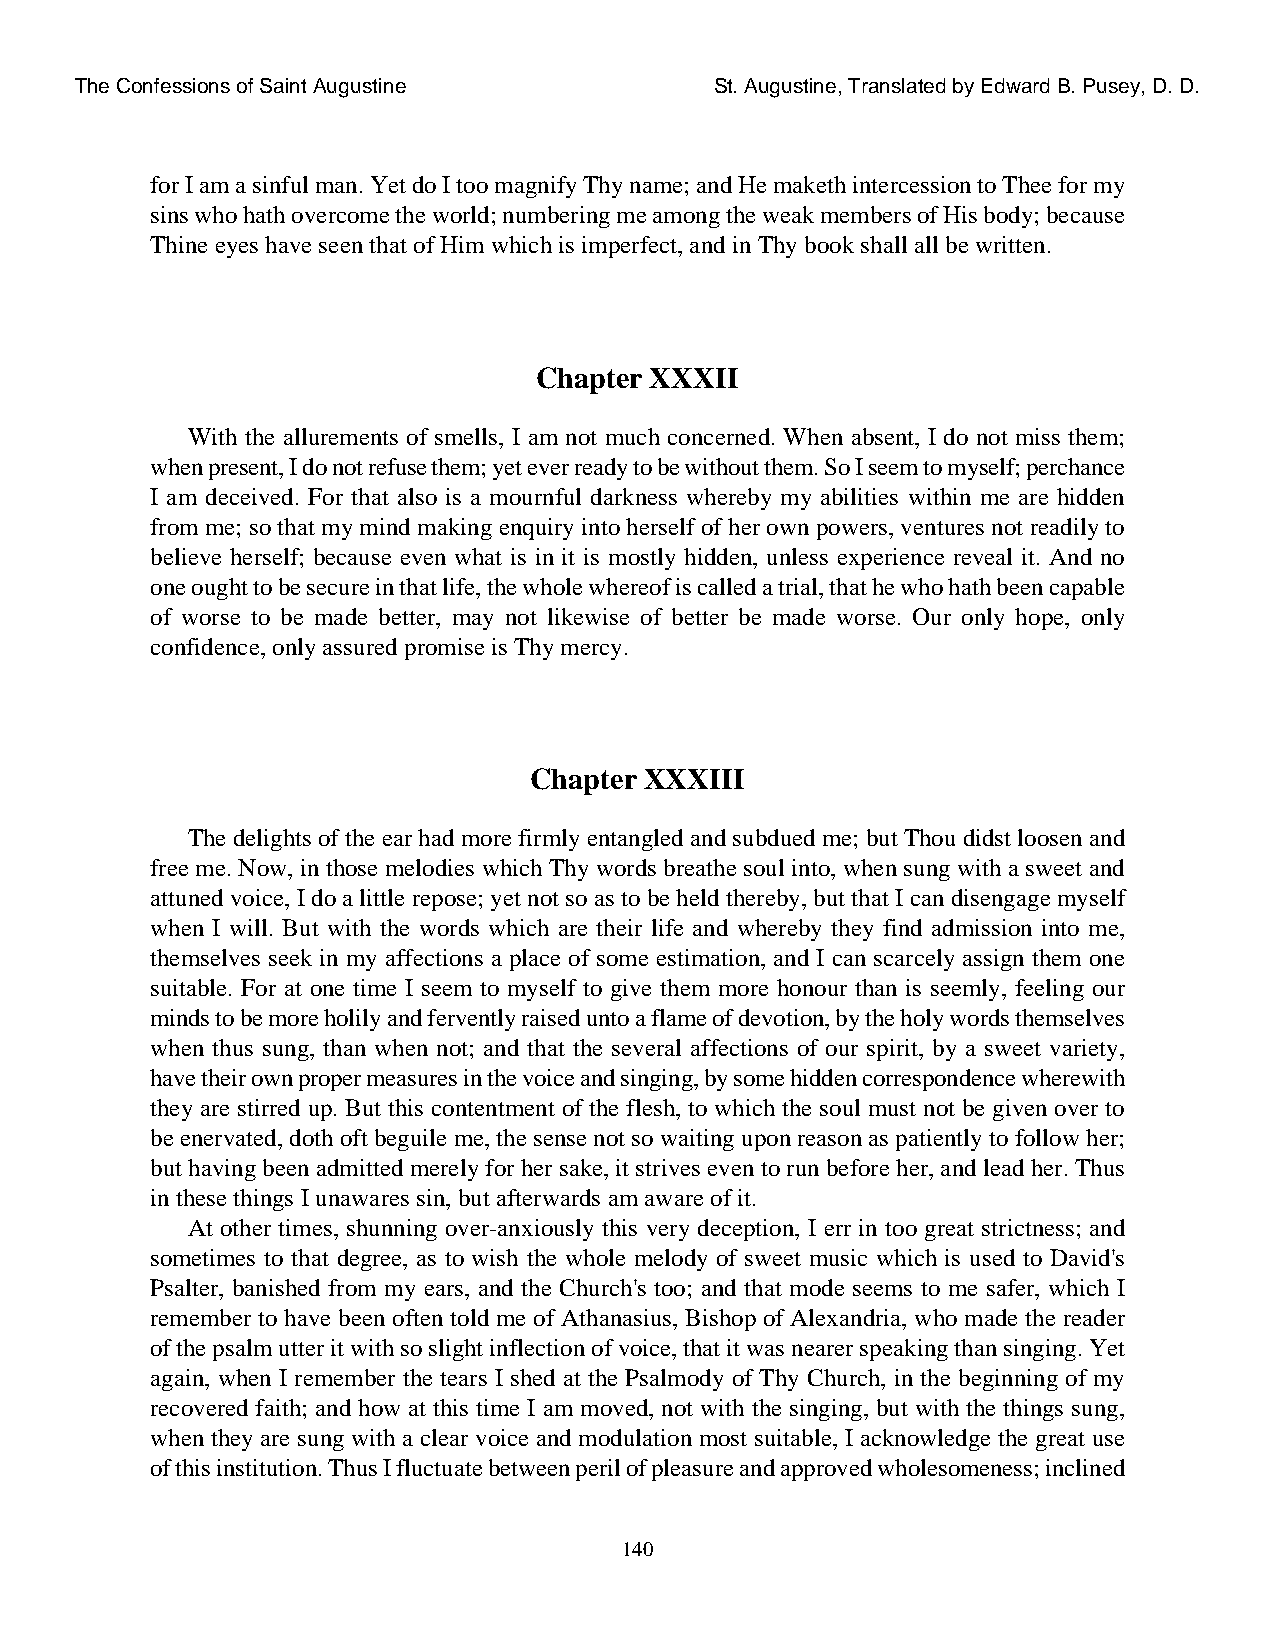
The Confessions of Saint Augustine        St. Augustine, Translated by Edward B. Pusey, D. D.
 for I am a sinful man. Yet do I too magnify Thy name; and He maketh intercession to Thee for my
 sins who hath overcome the world; numbering me among the weak members of His body; because
 Thine eyes have seen that of Him which is imperfect, and in Thy book shall all be written.
 Chapter XXXII
 With the allurements of smells, I am not much concerned. When absent, I do not miss them;
 when present, I do not refuse them; yet ever ready to be without them. So I seem to myself; perchance
 I am deceived. For that also is a mournful darkness whereby my abilities within me are hidden
 from me; so that my mind making enquiry into herself of her own powers, ventures not readily to
 believe herself; because even what is in it is mostly hidden, unless experience reveal it. And no
 one ought to be secure in that life, the whole whereof is called a trial, that he who hath been capable
 of worse to be made better, may not likewise of better be made worse. Our only hope, only
 confidence, only assured promise is Thy mercy.
 Chapter XXXIII
 The delights of the ear had more firmly entangled and subdued me; but Thou didst loosen and
 free me. Now, in those melodies which Thy words breathe soul into, when sung with a sweet and
 attuned voice, I do a little repose; yet not so as to be held thereby, but that I can disengage myself
 when I will. But with the words which are their life and whereby they find admission into me,
 themselves seek in my affections a place of some estimation, and I can scarcely assign them one
 suitable. For at one time I seem to myself to give them more honour than is seemly, feeling our
 minds to be more holily and fervently raised unto a flame of devotion, by the holy words themselves
 when thus sung, than when not; and that the several affections of our spirit, by a sweet variety,
 have their own proper measures in the voice and singing, by some hidden correspondence wherewith
 they are stirred up. But this contentment of the flesh, to which the soul must not be given over to
 be enervated, doth oft beguile me, the sense not so waiting upon reason as patiently to follow her;
 but having been admitted merely for her sake, it strives even to run before her, and lead her. Thus
 in these things I unawares sin, but afterwards am aware of it.
 At other times, shunning over-anxiously this very deception, I err in too great strictness; and
 sometimes to that degree, as to wish the whole melody of sweet music which is used to David's
 Psalter, banished from my ears, and the Church's too; and that mode seems to me safer, which I
 remember to have been often told me of Athanasius, Bishop of Alexandria, who made the reader
 of the psalm utter it with so slight inflection of voice, that it was nearer speaking than singing. Yet
 again, when I remember the tears I shed at the Psalmody of Thy Church, in the beginning of my
 recovered faith; and how at this time I am moved, not with the singing, but with the things sung,
 when they are sung with a clear voice and modulation most suitable, I acknowledge the great use
 of this institution. Thus I fluctuate between peril of pleasure and approved wholesomeness; inclined
 140